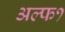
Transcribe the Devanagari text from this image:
अल्फ१